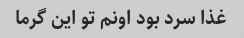
غذا سرد بود اونم تو این گرما